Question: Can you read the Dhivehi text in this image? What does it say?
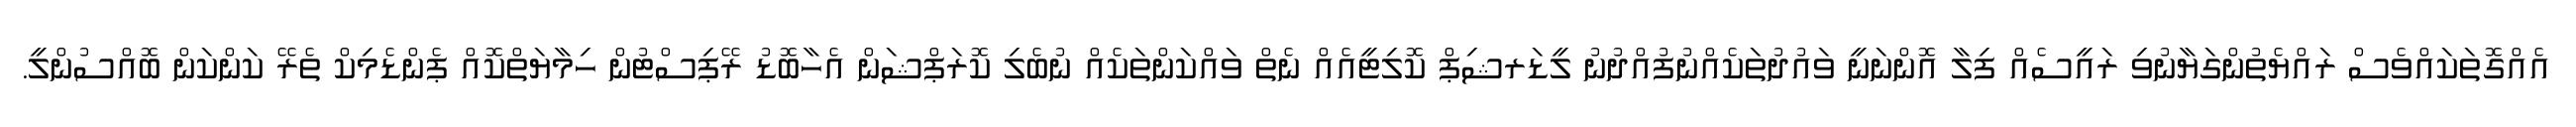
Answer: އެއްގޮތަކައްވެސް ރައްޔެތުންގަޔާނުވި ރައީސެއް ފިލާ އޮންނަނީ ވައުދުތަކެއްނުފުއްދުނު ލީޑަރޝިޕް ކޮލިޓީއެއް ނެތް ވައްކަންތަކެއް ނުބެލި ކޮރަޕްޝަން އެހާބޮޑު ރޭޕިސްޓުން ހިމާޔަތްކޮއް ޕެންޑެމިކް ތެރޭ ކަންކަން ބޮއްސުންލީ.